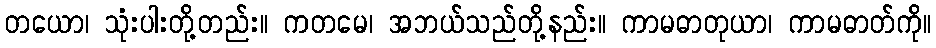
တယော၊ သုံးပါးတို့တည်း။ ကတမေ၊ အဘယ်သည်တို့နည်း။ ကာမဓာတုယာ၊ ကာမဓာတ်ကို။